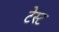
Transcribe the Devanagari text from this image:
टेस्‍ट